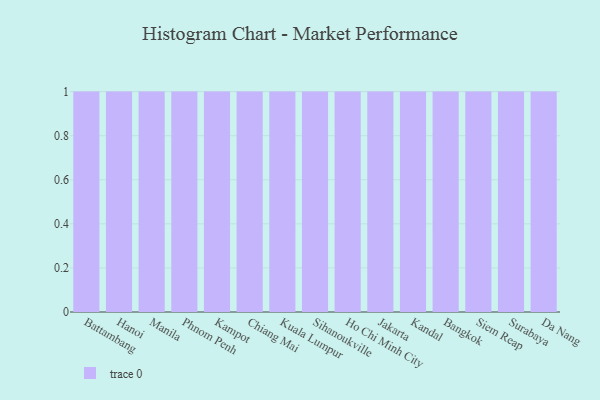
{"axis": {"x": "City", "y": "Customer Acquisition Cost (USD)"}, "legend": [""], "data": [{"x": "Battambang", "y": 97, "type": ""}, {"x": "Hanoi", "y": 8, "type": ""}, {"x": "Manila", "y": 94, "type": ""}, {"x": "Phnom Penh", "y": 47, "type": ""}, {"x": "Kampot", "y": 51, "type": ""}, {"x": "Chiang Mai", "y": 11, "type": ""}, {"x": "Kuala Lumpur", "y": 40, "type": ""}, {"x": "Sihanoukville", "y": 86, "type": ""}, {"x": "Ho Chi Minh City", "y": 15, "type": ""}, {"x": "Jakarta", "y": 33, "type": ""}, {"x": "Kandal", "y": 76, "type": ""}, {"x": "Bangkok", "y": 50, "type": ""}, {"x": "Siem Reap", "y": 94, "type": ""}, {"x": "Surabaya", "y": 35, "type": ""}, {"x": "Da Nang", "y": 8, "type": ""}]}